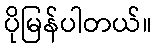
ပိုမြန်ပါတယ်။